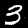
Digit: 3